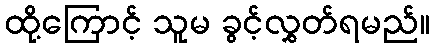
ထို့ကြောင့် သူမ ခွင့်လွှတ်ရမည်။